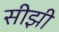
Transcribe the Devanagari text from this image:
सीझी